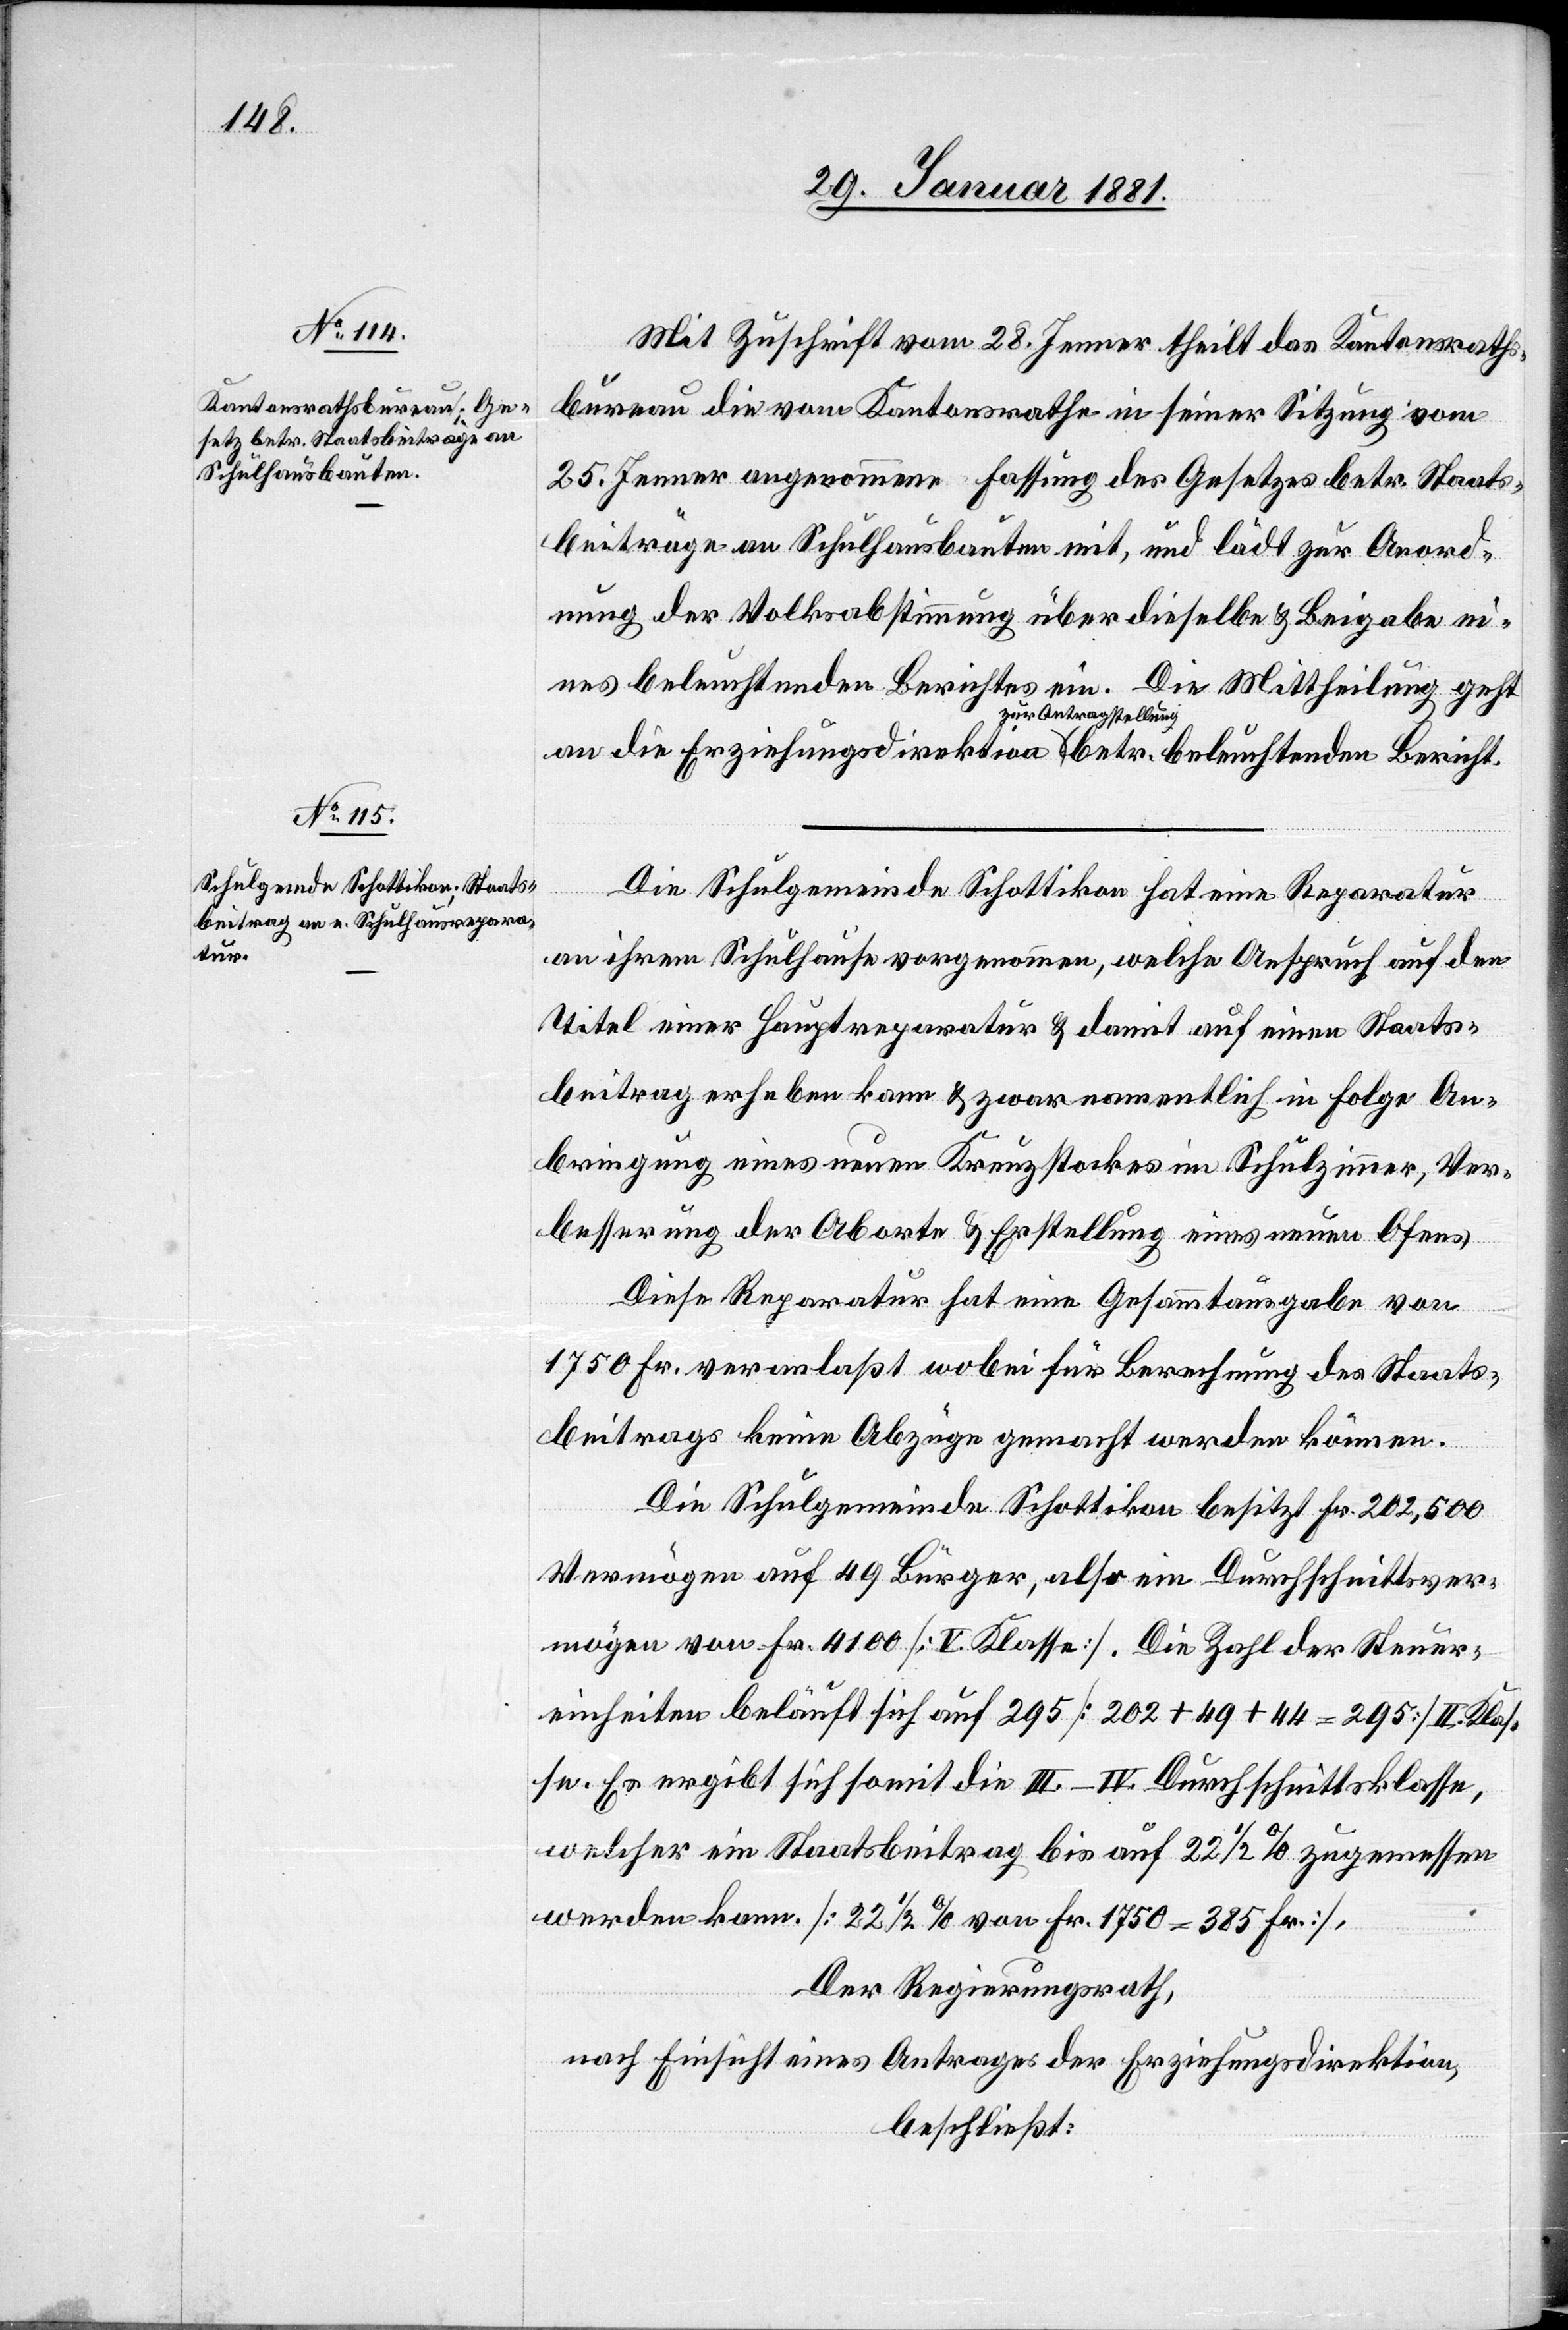
Mit Zuschrift vom 28. Jenner theilt das Kantonsraths¬
bureau die vom Kantonsrathe in seiner Sitzung vom
25. Jenner angenommene Fassung des Gesetzes betr. Staats¬
beiträge an Schulhausbauten mit, und lädt zur Anord¬
nung der Volksabstimmung über dieselbe & Beigabe ei¬
nes beleuchtenden Berichtes ein. Die Mittheilung geht
an die Erziehungsdirektion zur Antragstellung betr.
Die Schulgemeinde Schottikon hat eine Reparatur
an ihrem Schulhause vorgenommen, welche Anspruch auf den
Titel einer Hauptreparatur & damit auf einen Staats¬
beitrag erheben kann & zwar namentlich in Folge An¬
bringung eines neuen Kreuzstockes im Schulzimmer, Ver¬
besserung der Aborte & Erstellung eines neuen Ofens.
Diese Reparatur hat eine Gesammtausgabe von
1750 Fr. veranlaßt wobei für Berechnung des Staats¬
beitrags keine Abzüge gemacht werden können.
Die Schulgemeinde Schottikon besitzt Fr. 202,500
Vermögen auf 49 Bürger, also ein Durchschnittsver¬
mögen von Fr. 4100 [V. Klasse]. Die Zahl der Steuer¬
einheiten beläuft sich auf 295 [202 + 49 + 44 = 295] II. Klas¬
se. Es ergibt sich somit die III.–IV. Durchschnittsklasse,
welcher ein Staatsbeitrag bis auf 22 1/2% zugemessen
werden kann [22 1/2% von Fr. 1750 = 385 Fr.],
Der Regierungsrath,
nach Einsicht eines Antrages der Erziehungsdirektion,
beschließt: